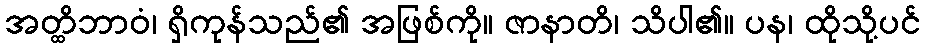
အတ္ထိဘာဝံ၊ ရှိကုန်သည်၏ အဖြစ်ကို။ ဇာနာတိ၊ သိပါ၏။ ပန၊ ထိုသို့ပင်